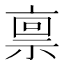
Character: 禀